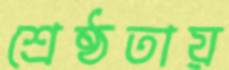
শ্রেষ্ঠতায়